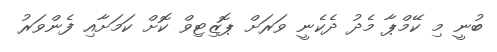
ބުނީ މި ކޭމްޕާ މެދު ދެކެނީ ވަރަށް ޕޮޒިޓިވް ކޮށް ކަމަށާއި ފެންވަރު